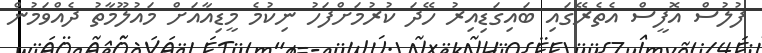
ފުލުސް އޮފީސް އެތެރޭގައި ބައިގަޑިއިރު ހޭދަ ކުރުމަށްފަހު ނިކުމެ މީޑިއާއަށް މައުލޫމާތު ދެއްވަމުން